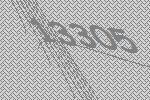
13305